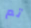
تم